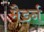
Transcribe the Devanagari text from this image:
मैडर्न